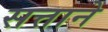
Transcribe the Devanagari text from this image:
सत्ताने